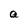
Character: a